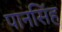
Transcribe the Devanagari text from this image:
पानसिंह